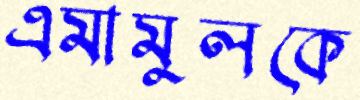
এমামুলকে